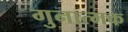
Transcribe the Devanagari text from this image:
गुनात्मक